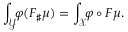
\int _ { \mathcal Y } \! \! \varphi \d ( F _ { \sharp } \mu ) = \int _ { \mathcal X } \! \! \varphi \circ F \d \mu .